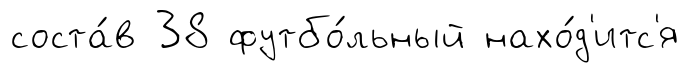
соста́в 38 футбо́льный нахо́д'итс'я